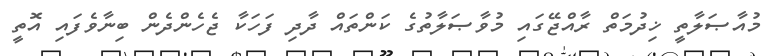
މުއާޞަލާތީ ޚިދުމަތް ރާއްޖޭގައި މުވާޞަލާތުގެ ކަންތައް ދާދި ފަހަކާ ޖެހެންދެން ބިނާވެފައި އޮތީ